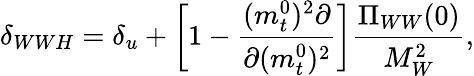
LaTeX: \delta_{WWH}=\delta_{u}+\left[1-{\frac{(m_{t}^{0})^{2}\partial}{\partial(m_{t}^{0})^{2}}}\right]{\frac{\Pi_{WW}(0)}{M_{W}^{2}}},